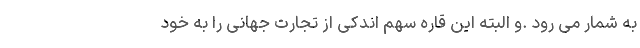
به شمار می رود .و البته این قاره سهم اندکی از تجارت جهانی را به خود